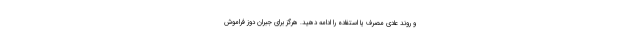
و روند عادی مصرف یا استفاده را ادامه دهید. هرگز برای جبران دوز فراموش